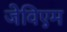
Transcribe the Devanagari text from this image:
जेविएम